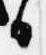
日